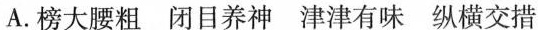
A.榜大腰粗 闭目养神 津津有味 纵横交措